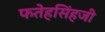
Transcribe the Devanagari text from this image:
फतेहसिंहजी